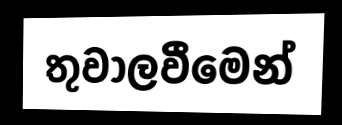
තුවාලවීමෙන්